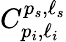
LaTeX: C_{p_{i},\ell_{i}}^{p_{s},\ell_{s}}